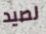
لصيد